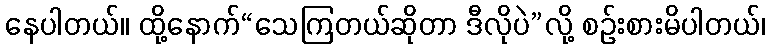
နေပါတယ်။ ထို့နောက်“သေကြတယ်ဆိုတာ ဒီလိုပဲ”လို့ စဉ်းစားမိပါတယ်၊